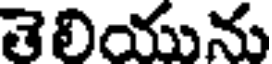
తెలియును